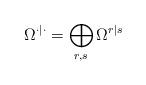
LaTeX: \begin{align*}\Omega^{\cdot|\cdot}=\bigoplus_{r,s}\Omega^{r|s}\end{align*}